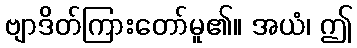
ဗျာဒိတ်ကြားတော်မူ၏။ အယံ၊ ဤ